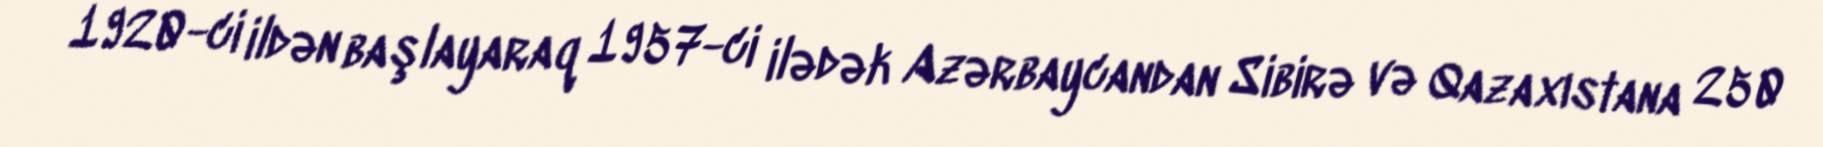
1920-ci ildən başlayaraq 1957-ci ilədək Azərbaycandan Sibirə və Qazaxıstana 250